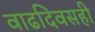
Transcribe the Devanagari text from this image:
वाढदिवसही